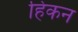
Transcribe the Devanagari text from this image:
हिकन